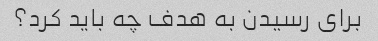
برای رسیدن به هدف چه باید کرد؟